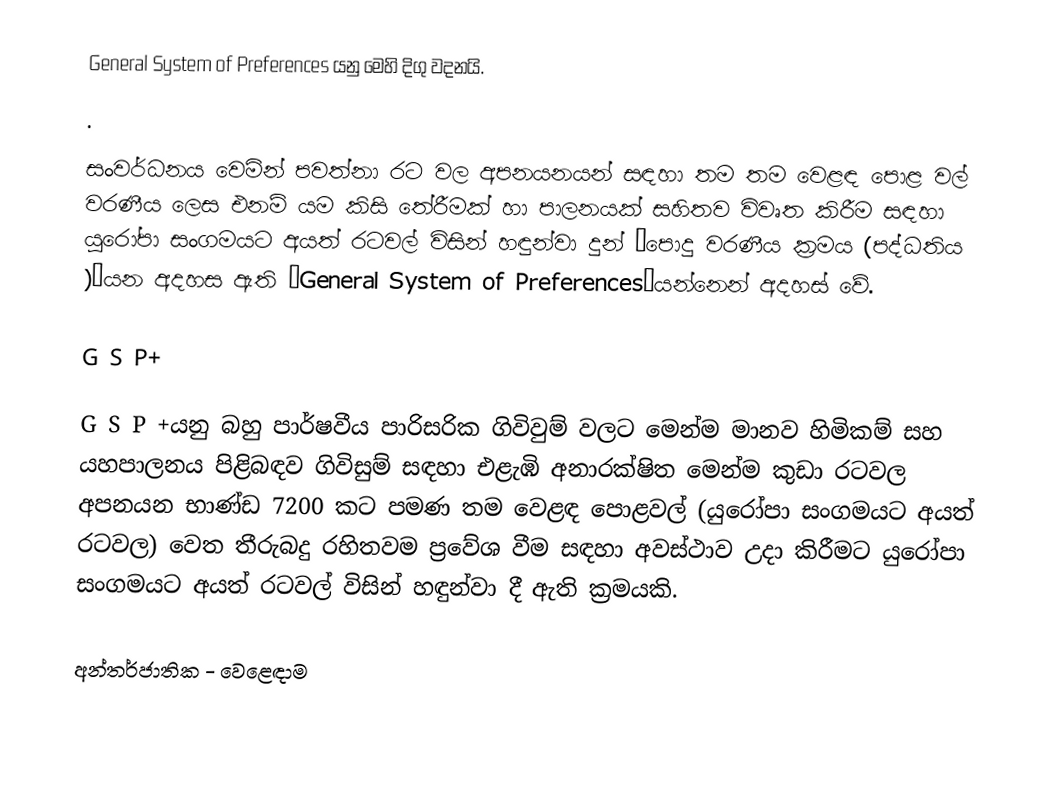
General System of Preferences යනු මෙහි දිගු වදනයි.
.

සංවර්ධනය වෙමින් පවත්නා රට වල අපනයනයන් සඳහා  තම තම වෙළඳ පොළ වල් වරණීය ලෙස එනම් යම කිසි තේරීමක් හා පාලනයක් සහිතව විවෘත කිරීම සඳහා යුරෝපා සංගමයට අයත් රටවල් විසින් හඳුන්වා දුන් “පොදු වරණීය ක්‍රමය (පද්ධතිය )”යන අදහස ඇති “General System of Preferences”යන්නෙන් අදහස් වේ.

G S P+

G S P +යනු බහු පාර්ෂවීය පාරිසරික ගිවිවුම් වලට මෙන්ම මානව හිමිකම් සහ යහපාලනය පිළිබඳව ගිවිසුම් සඳහා එළැඹි අනාරක්ෂිත මෙන්ම කුඩා රටවල අපනයන භාණ්ඩ 7200 කට පමණ තම වෙළඳ පොළවල් (යුරෝපා සංගමයට අයත් රටවල) වෙත තීරුබදු  රහිතවම ප්‍රවේශ වීම සඳහා අවස්ථාව උදා කිරීමට යුරෝපා සංගමයට අයත් රටවල් විසින් හඳුන්වා දී ඇති ක්‍රමයකි.

අන්තර්ජාතික - වෙළෙඳාම